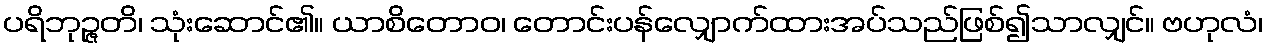
ပရိဘုဉ္ဇတိ၊ သုံးဆောင်၏။ ယာစိတောဝ၊ တောင်းပန်လျှောက်ထားအပ်သည်ဖြစ်၍သာလျှင်။ ဗဟုလံ၊